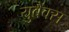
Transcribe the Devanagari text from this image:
युबैंक्स